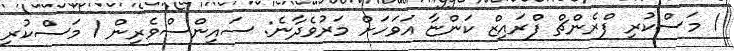
1 މަސްކުރި ފްރެންޗް ފްރައިޒް ކަންޏާ އަވަހަށް މަރުވެދާނެ: ސައިންސްވެރިން 1 މަސްކުރި